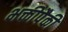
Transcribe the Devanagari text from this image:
भक्तीपैकी